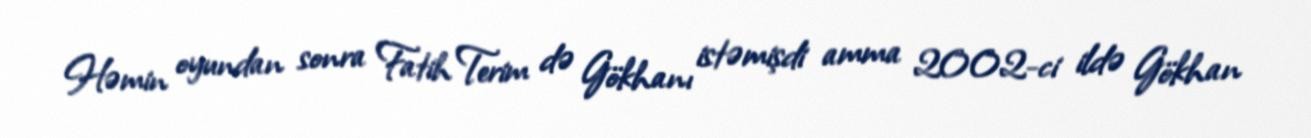
Həmin oyundan sonra Fatih Terim də Gökhanı istəmişdi amma 2002-ci ildə Gökhan